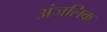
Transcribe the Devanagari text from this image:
अंजलिक